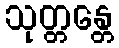
သုတ္တန္တေ